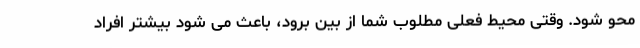
محو شود. وقتی محیط فعلی مطلوب شما از بین برود، باعث می شود بیشتر افراد